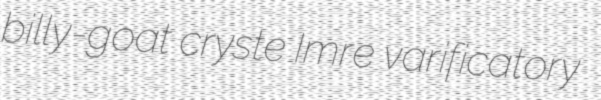
billy-goat cryste Imre varificatory